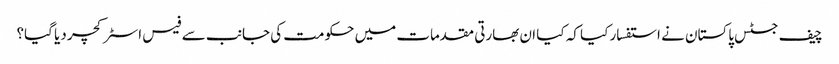
چیف جسٹس پاکستان نے استفسار کیا کہ کیا ان بھارتی مقدمات میں حکومت کی جانب سے فیس اسٹرکچر دیا گیا؟